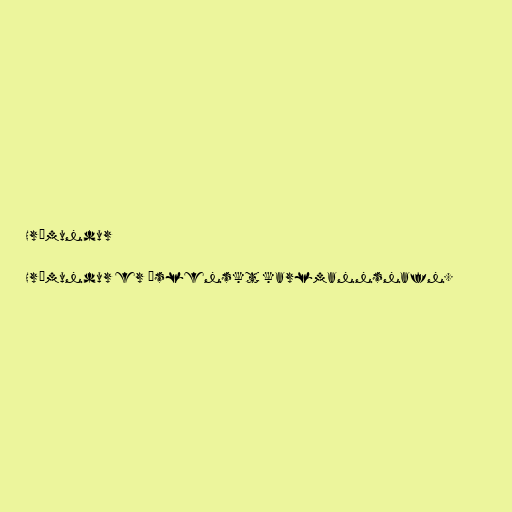
Hrómundur

Hrómundur er íslenskt karlmannsnafn.